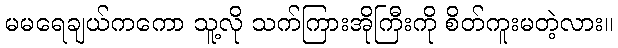
မမရေချယ်ကကော သူ့လို သက်ကြားအိုကြီးကို စိတ်ကူးမတဲ့လား။